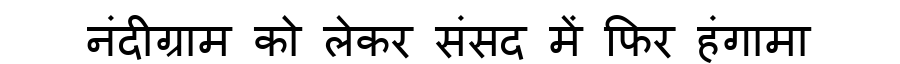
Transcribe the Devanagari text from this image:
नंदीग्राम को लेकर संसद में फिर हंगामा